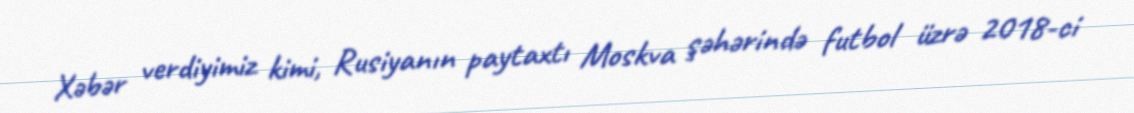
Xəbər verdiyimiz kimi, Rusiyanın paytaxtı Moskva şəhərində futbol üzrə 2018-ci